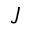
J